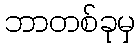
ဘာတစ်ခုမှ